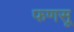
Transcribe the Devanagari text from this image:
फणसू